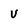
Character: v